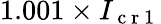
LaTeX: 1.001\times I_{\mathrm{~c~r~1~}}